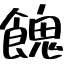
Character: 餽